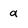
Character: a